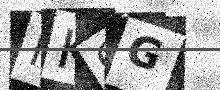
Text: MKQG